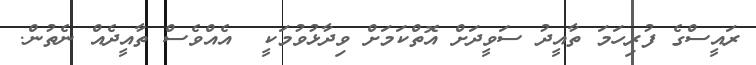
ރައީސްގެ ފުރިހަމަ ތާއީދު ސަވީދަށް އޮތްކަމަށް ވިދާޅުވުމަކީ  އެއްވެސް ތާއީދެއް ނެތުން.